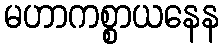
မဟာကစ္စာယနေန